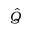
\hat { Q }